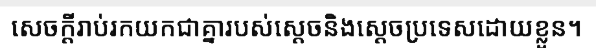
សេចក្តីរាប់រកយកជាគ្នារបស់ស្តេចនិងស្តេចប្រទេសដោយខ្លួន។